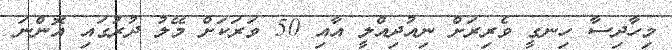
މިހާދިސާ ހިނގީ ވެރިރަށް ނިއުދިއްލީ އާއި 50 ވަރަކަށް މޭލު ދުރުގައި އޮންނަ